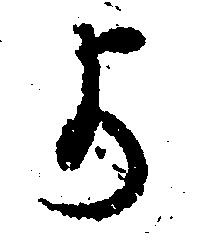
よ